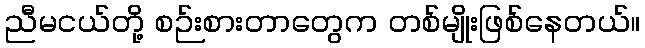
ညီမငယ်တို့ စဉ်းစားတာတွေက တစ်မျိုးဖြစ်နေတယ်။